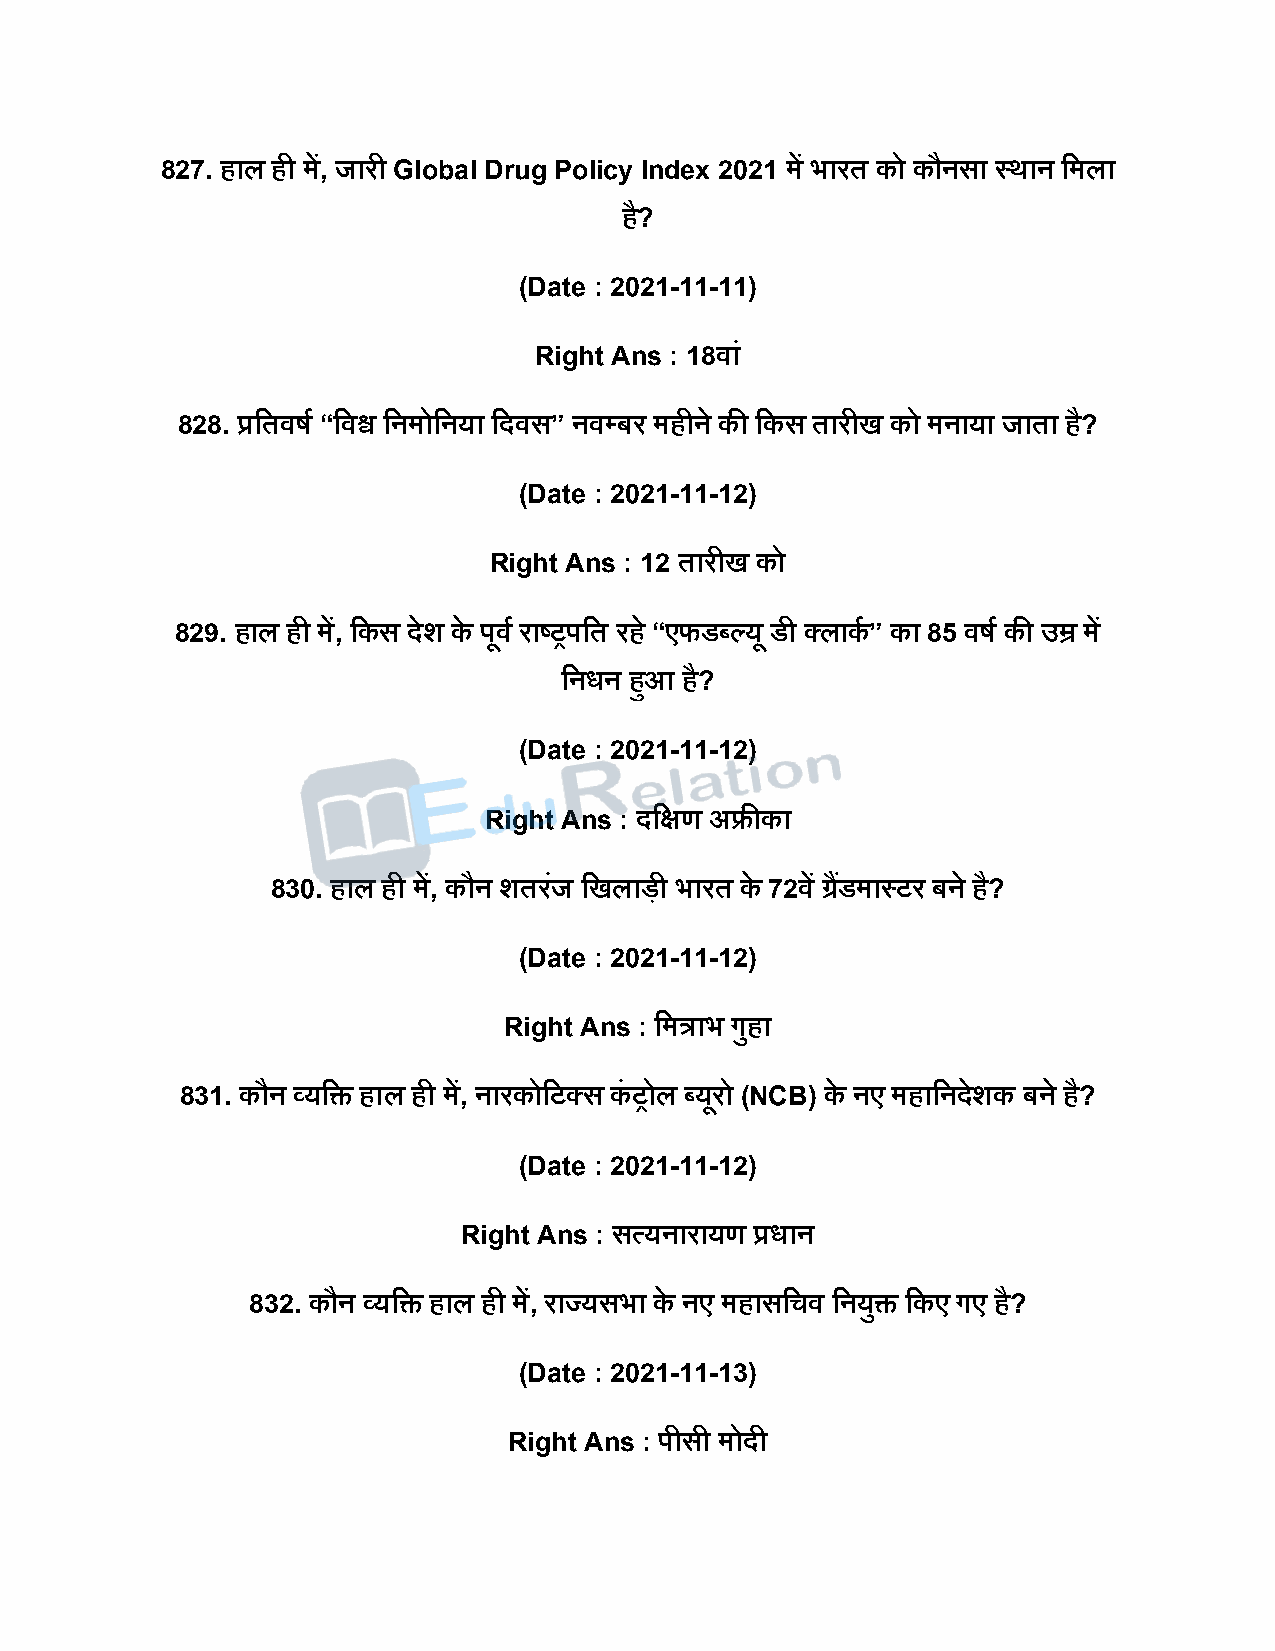
827. हाल ही में, जारी Global Drug Policy Index 2021 में भारत को कौनसा स्थान दमला
 है?
 (Date : 2021-11-11)
 Right Ans : 18वां
 828. प्रदतवर्ष “दवश्व दनमोदनया दिवस” नवपबर महीने की दकस तारीख को मनाया जाता है?
 (Date : 2021-11-12)
 Right Ans : 12 तारीख को
 829. हाल ही में, दकस िेश के िूवष राष्ट्रिदत रह े “एफडब्ल्यू डी क्लाकष ” का 85 वर्ष की उम्र में
 दनधन हुआ है?
 (Date : 2021-11-12)
 Right Ans : िदक्षण अफ्रीका
 830. हाल ही में, कौन शतरजं दखलािी भारत के 72वें ग्रडैं मास्टर बने है?
 (Date : 2021-11-12)
 Right Ans : दमत्राभ गुहा
 831. कौन व्यदि हाल ही में, नारकोदटक्स कं रोल ब्यूरो (NCB) के नए महादनिेशक बने है?
 (Date : 2021-11-12)
 Right Ans : सत्यनारायण प्रधान
 832. कौन व्यदि हाल ही में, राज् यसभा के नए महासदचव दनयुि दकए गए है?
 (Date : 2021-11-13)
 Right Ans : िीसी मोिी